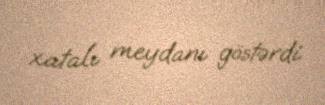
xatalı meydanı göstərdi.